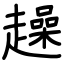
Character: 趮